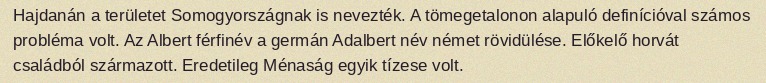
Hajdanán a területet Somogyországnak is nevezték. A tömegetalonon alapuló definícióval számos probléma volt. Az Albert férfinév a germán Adalbert név német rövidülése. Előkelő horvát családból származott. Eredetileg Ménaság egyik tízese volt.